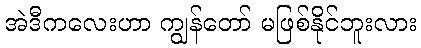
အဲဒီကလေးဟာ ကျွန်တော် မဖြစ်နိုင်ဘူးလား